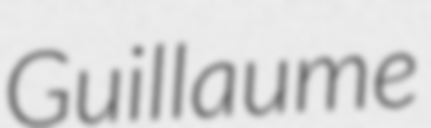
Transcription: Guillaume